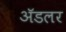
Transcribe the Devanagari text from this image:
अॅडलर